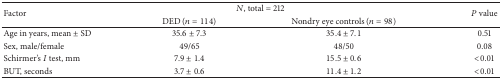
<table><thead><tr><td rowspan="2"><b>Factor</b></td><td colspan="2"><b><i>N</i>, total = 212</b></td><td rowspan="2"><b><i>P</i> value</b></td></tr><tr><td><b>DED (<i>n</i> = 114)</b></td><td><b>Nondry eye controls (<i>n</i> = 98)</b></td></tr></thead><tbody><tr><td>Age in years, mean ± SD</td><td>35.6 ± 7.3</td><td>35.4 ± 7.1</td><td>0.51</td></tr><tr><td>Sex, male/female</td><td>49/65</td><td>48/50</td><td>0.08</td></tr><tr><td>Schirmer&#x27;s <i>I</i> test, mm</td><td>7.9 ± 1.4</td><td>15.5 ± 0.6</td><td>&lt;0.01</td></tr><tr><td>BUT, seconds</td><td>3.7 ± 0.6</td><td>11.4 ± 1.2</td><td>&lt;0.01</td></tr></tbody></table>